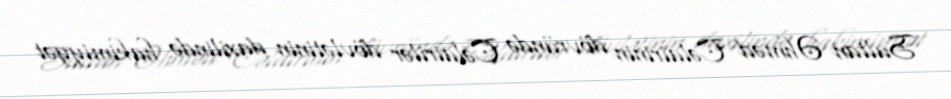
Sultan Əhməd Cəlairinin dövründə Cəlairilər dövlətinin daxilində hakimiyyət